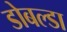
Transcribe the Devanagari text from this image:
डोबल्डा